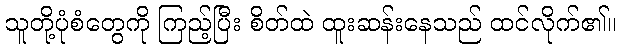
သူတို့ပုံစံတွေကို ကြည့်ပြီး စိတ်ထဲ ထူးဆန်းနေသည် ထင်လိုက်၏။